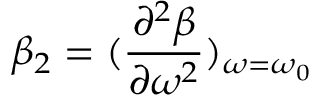
\beta _ { 2 } = ( \frac { \partial ^ { 2 } \beta } { \partial \omega ^ { 2 } } ) _ { \omega = \omega _ { 0 } }